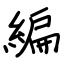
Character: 編